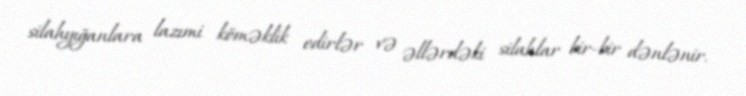
silahyığanlara lazımi köməklik edirlər və əllərdəki silahlar bir-bir dənlənir.